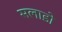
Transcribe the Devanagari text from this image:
सलाडो